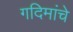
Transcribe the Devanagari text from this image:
गदिमांचे